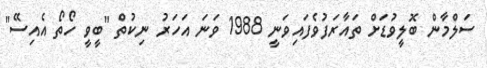
ސަލްމާން ބޮލީވުޑަށް ތައާރަފުވެފައިވަނީ 1988 ވަނަ އަހަރު ނިކުތް "ބީވީ ހޯތޯ އެއިސޭ"